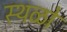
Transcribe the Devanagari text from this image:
स्थळो